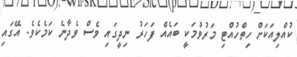
ކުއްލިއަކަށް ހިތްހުއްޓި މަރުވުމަކީ ބައެއް ފަހަރު ނިދީގައި ވެސް ވެދާނެ ކަމެކެވެ. އޭގައި